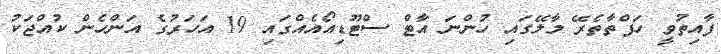
ފާއިތުވީ ހަފްތާތެރޭ މާލޭގައި ހުންނަ އާޓް ސްޓޫޑިއޯއެއްގައި 19 އަހަރުގެ އަންހެން ކުއްޖަކު